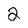
Character: 2